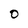
Character: 0